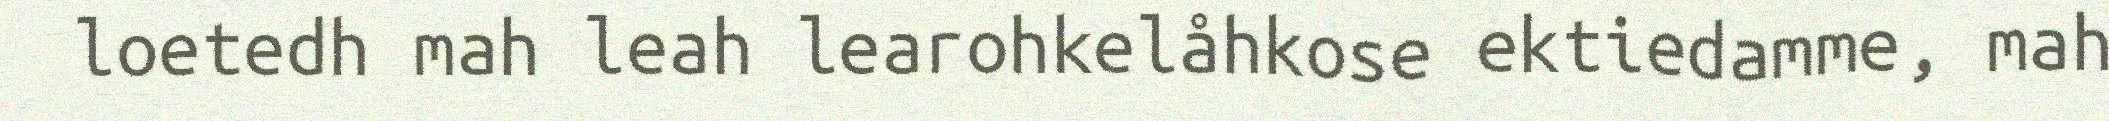
loetedh mah leah learohkelåhkose ektiedamme, mah